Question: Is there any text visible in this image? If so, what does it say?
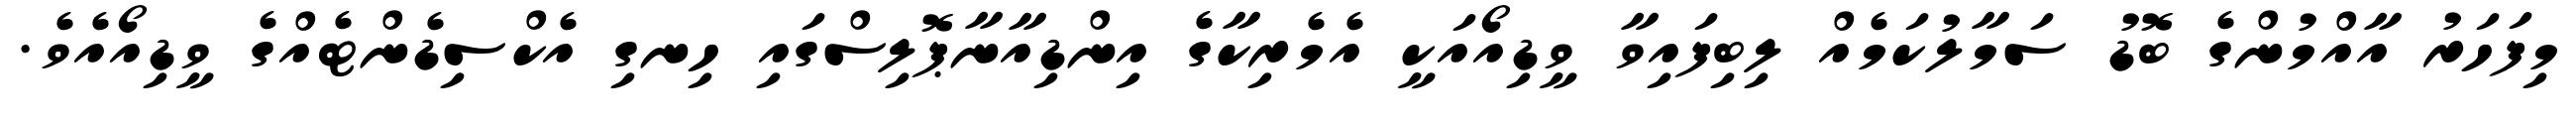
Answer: މިފަހަރު އާއްމުންގެ ބޮޑު ސަމާލުކަމެއް ލިބިފައިވާ ވީޑިއޯއަކީ އެމެރިކާގެ އިންޑިއާނާޕޮލިސްގައި ހިނގި އެކްސިޑެންޓެއްގެ ވީޑިއޯއެވެ.